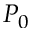
P _ { 0 }